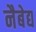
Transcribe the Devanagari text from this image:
नैबेद्य